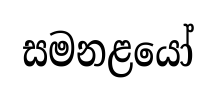
සමනළයෝ